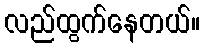
လည်ထွက်နေတယ်။